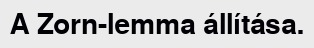
A Zorn-lemma állítása.